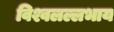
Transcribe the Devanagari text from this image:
विश्वलल्लभाय